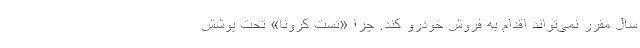
سال مقرر نمی‌تواند اقدام به فروش خودرو کند. چرا «تست کرونا» تحت پوشش